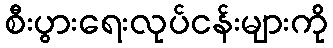
စီးပွားရေးလုပ်ငန်းများကို